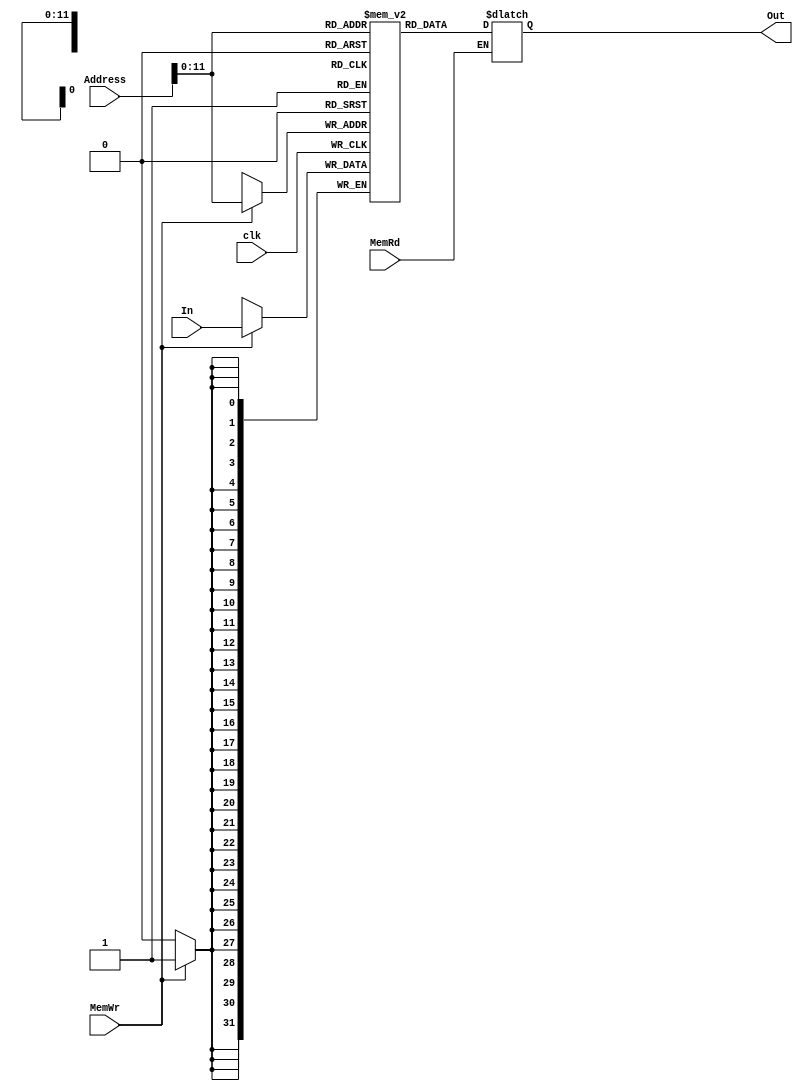
module Memory(
    input [31:0] Address,
    input [31:0] In,
    input MemWr,
    input MemRd,
    input clk,
    output reg [31:0] Out
);


// it should be 2**32 bit
reg[31:0] Mem[4095 : 0];	

   

    always @(posedge clk) begin
        if(MemWr)
            Mem[Address] <= In;
    end

    always @(*) begin 
        if(MemRd)
            Out <= Mem[Address];
    end


endmodule